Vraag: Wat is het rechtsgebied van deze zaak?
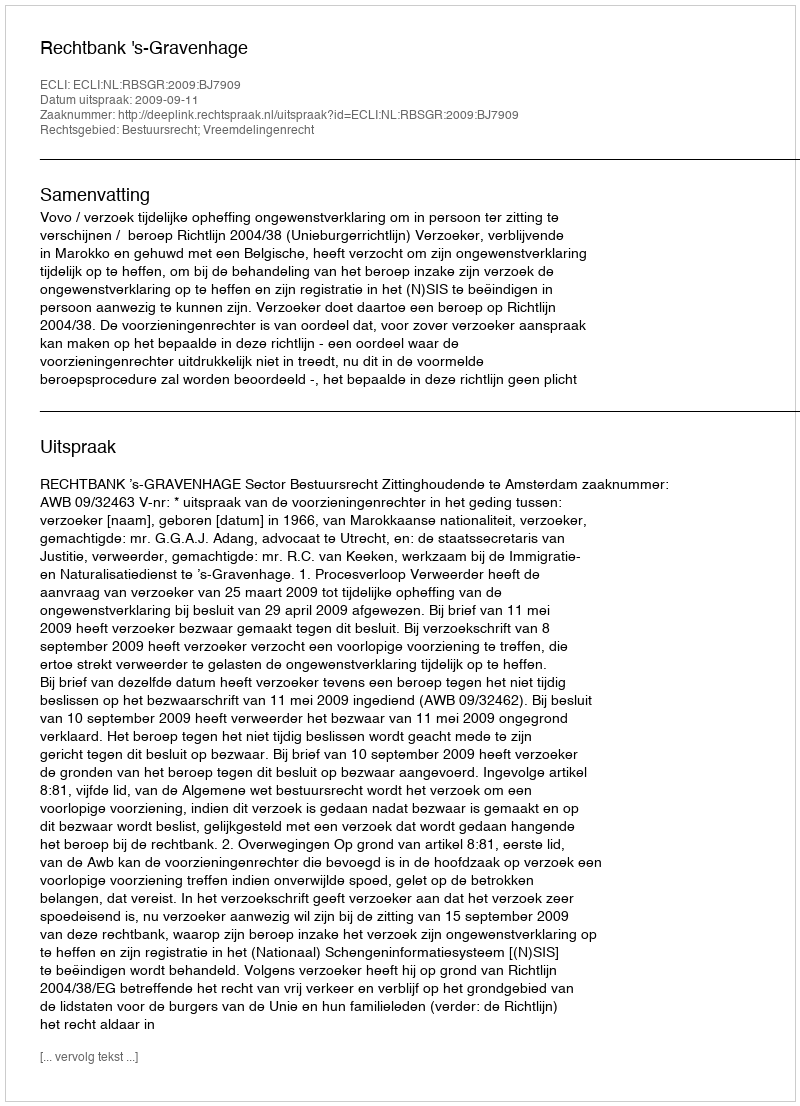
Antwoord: Bestuursrecht; Vreemdelingenrecht